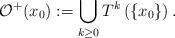
LaTeX: \begin{align*}\mathcal O^+(x_0):=\bigcup_{k\ge0}T^k\left(\{x_0\}\right). \end{align*}